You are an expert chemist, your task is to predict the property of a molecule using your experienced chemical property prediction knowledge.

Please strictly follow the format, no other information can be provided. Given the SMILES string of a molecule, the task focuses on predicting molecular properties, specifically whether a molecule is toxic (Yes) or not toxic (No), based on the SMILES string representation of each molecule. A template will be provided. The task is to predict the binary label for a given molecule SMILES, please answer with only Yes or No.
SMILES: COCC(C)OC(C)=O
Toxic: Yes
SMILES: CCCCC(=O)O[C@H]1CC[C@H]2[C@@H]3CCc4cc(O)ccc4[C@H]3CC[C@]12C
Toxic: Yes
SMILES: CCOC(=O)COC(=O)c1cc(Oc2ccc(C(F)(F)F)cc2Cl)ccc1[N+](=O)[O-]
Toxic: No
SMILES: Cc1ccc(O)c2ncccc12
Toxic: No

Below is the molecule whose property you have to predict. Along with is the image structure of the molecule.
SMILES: O=C1OC(=O)c2cc([N+](=O)[O-])ccc21
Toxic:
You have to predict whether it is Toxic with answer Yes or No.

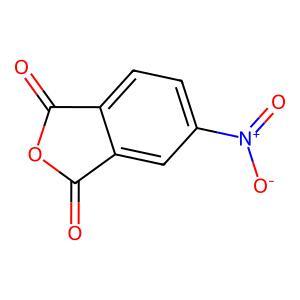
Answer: No